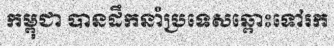
កម្ពុជា បានដឹកនាំប្រទេសឆ្ពោះទៅរក